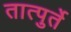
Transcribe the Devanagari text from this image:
तात्पुर्ते